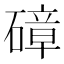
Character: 𥕞